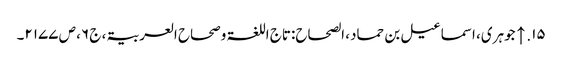
۱۵. ↑ جوہری، اسماعیل بن حماد، الصحاح:تاج اللغۃ وصحاح العربیۃ، ج ۶، ص ۲۱۷۷۔